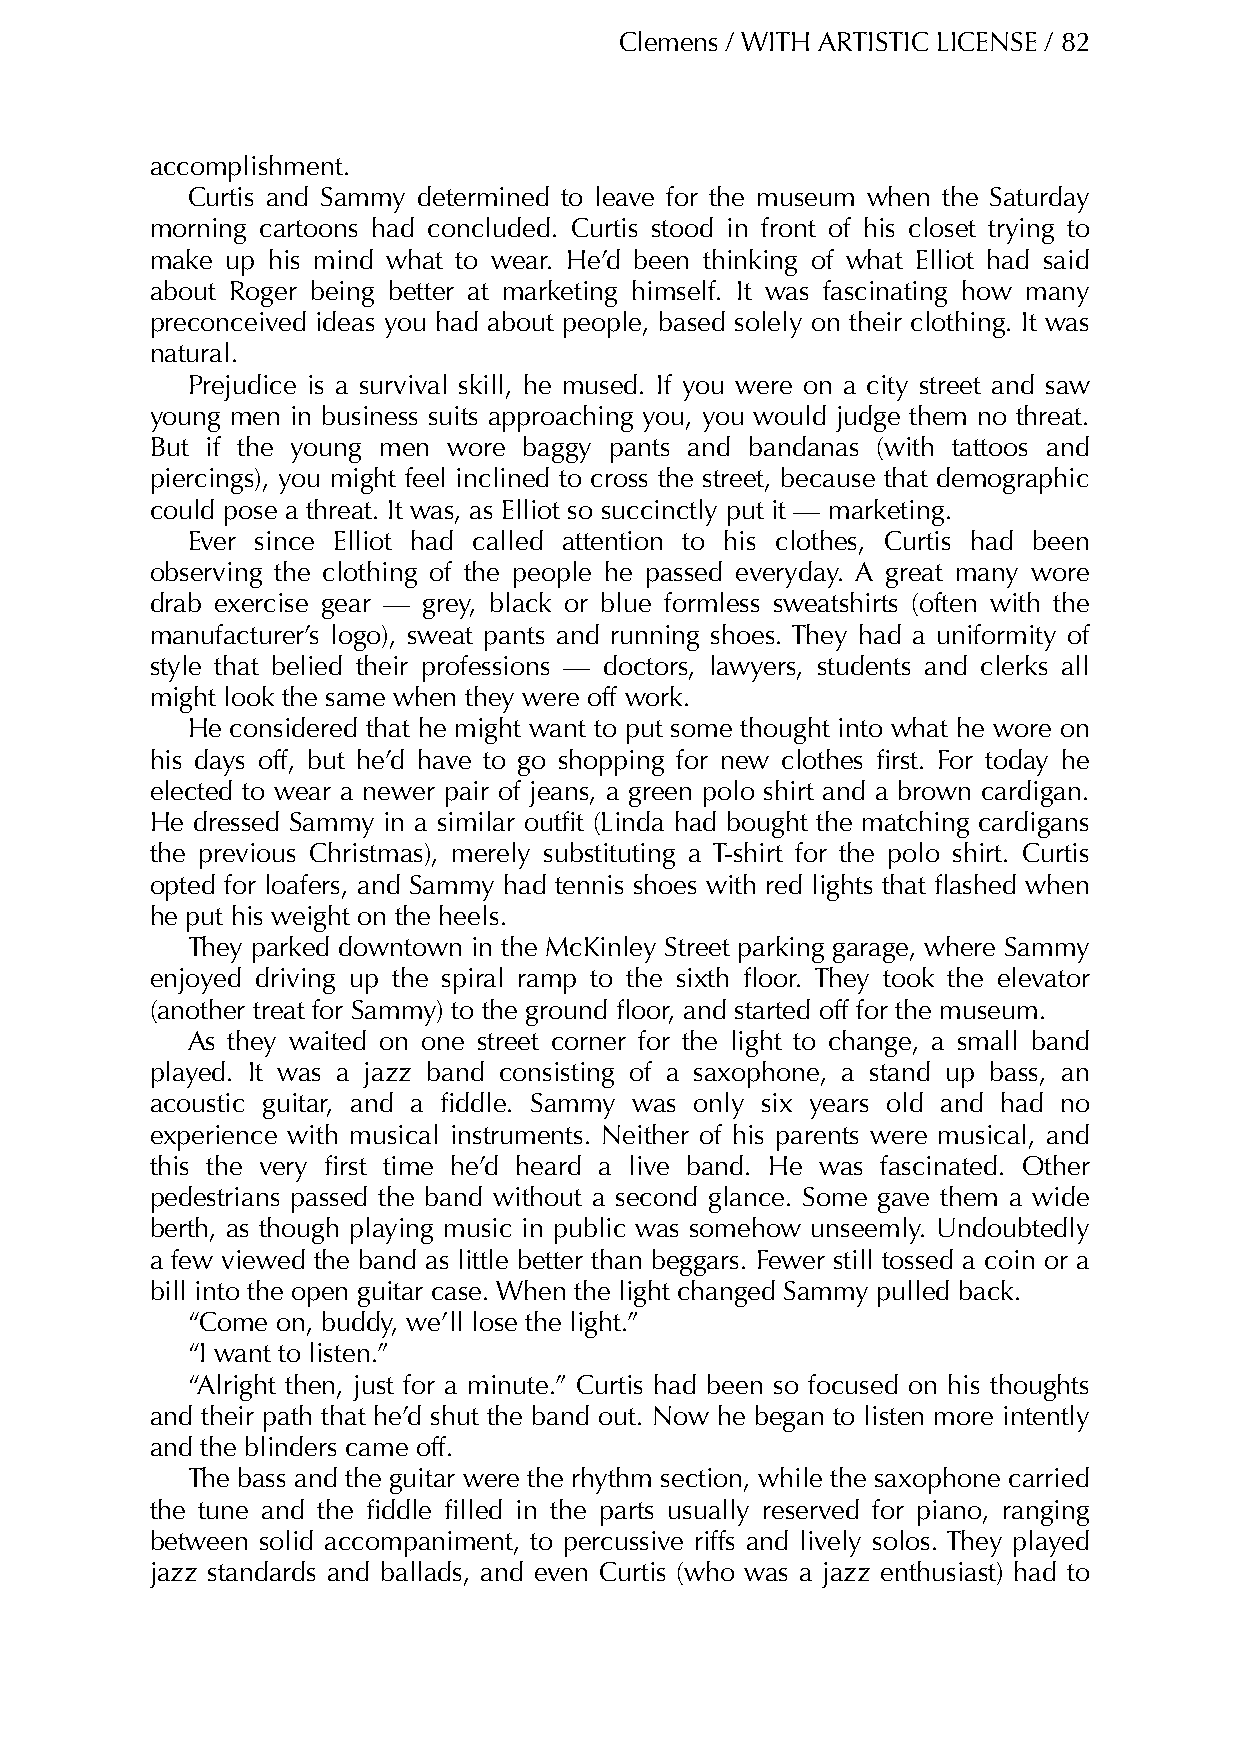
Clemens / WITH ARTISTIC LICENSE / 82
 accomplishment.
 Curtis and Sammy determined to leave for the museum when the Saturday
 morning cartoons had concluded. Curtis stood in front of his closet trying to
 make up his mind what to wear. He’d been thinking of what Elliot had said
 about Roger being better at marketing himself. It was fascinating how many
 preconceived ideas you had about people, based solely on their clothing. It was
 natural.
 Prejudice is a survival skill, he mused. If you were on a city street and saw
 young men in business suits approaching you, you would judge them no threat.
 But if the young men wore baggy pants and bandanas (with tattoos and
 piercings), you might feel inclined to cross the street, because that demographic
 could pose a threat. It was, as Elliot so succinctly put it — marketing.
 Ever since Elliot had called attention to his clothes, Curtis had been
 observing the clothing of the people he passed everyday. A great many wore
 drab exercise gear — grey, black or blue formless sweatshirts (often with the
 manufacturer’s logo), sweat pants and running shoes. They had a uniformity of
 style that belied their professions — doctors, lawyers, students and clerks all
 might look the same when they were off work.
 He considered that he might want to put some thought into what he wore on
 his days off, but he’d have to go shopping for new clothes first. For today he
 elected to wear a newer pair of jeans, a green polo shirt and a brown cardigan.
 He dressed Sammy in a similar outfit (Linda had bought the matching cardigans
 the previous Christmas), merely substituting a T-shirt for the polo shirt. Curtis
 opted for loafers, and Sammy had tennis shoes with red lights that flashed when
 he put his weight on the heels.
 They parked downtown in the McKinley Street parking garage, where Sammy
 enjoyed driving up the spiral ramp to the sixth floor. They took the elevator
 (another treat for Sammy) to the ground floor, and started off for the museum.
 As they waited on one street corner for the light to change, a small band
 played. It was a jazz band consisting of a saxophone, a stand up bass, an
 acoustic guitar, and a fiddle. Sammy was only six years old and had no
 experience with musical instruments. Neither of his parents were musical, and
 this the very first time he’d heard a live band. He was fascinated. Other
 pedestrians passed the band without a second glance. Some gave them a wide
 berth, as though playing music in public was somehow unseemly. Undoubtedly
 a few viewed the band as little better than beggars. Fewer still tossed a coin or a
 bill into the open guitar case. When the light changed Sammy pulled back.
 “Come on, buddy, we’ll lose the light.”
 “I want to listen.”
 “Alright then, just for a minute.” Curtis had been so focused on his thoughts
 and their path that he’d shut the band out. Now he began to listen more intently
 and the blinders came off.
 The bass and the guitar were the rhythm section, while the saxophone carried
 the tune and the fiddle filled in the parts usually reserved for piano, ranging
 between solid accompaniment, to percussive riffs and lively solos. They played
 jazz standards and ballads, and even Curtis (who was a jazz enthusiast) had to